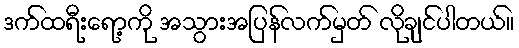
ဒက်ထရီးရော့ကို အသွားအပြန်လက်မှတ် လိုချင်ပါတယ်။